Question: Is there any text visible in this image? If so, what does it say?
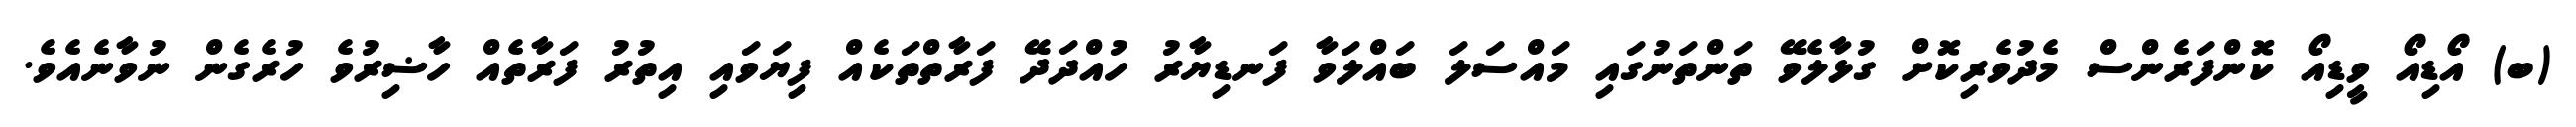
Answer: (ބ) އޯޑިއޯ ވީޑިއޯ ކޮންފަރެންސް މެދުވެރިކޮށް ގުޅާލެވޭ ތަންތަނުގައި މައްސަލަ ބައްލަވާ ފަނޑިޔާރު ހުއްދަދޭ ފަރާތްތަކެއް ފިޔަވައި އިތުރު ފަރާތެއް ހާޟިރުވެ ހުރެގެން ނުވާނެއެވެ.